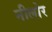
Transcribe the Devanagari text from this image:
नीलोर